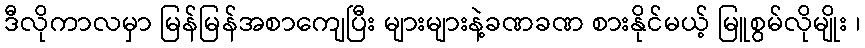
ဒီလိုကာလမှာ မြန်မြန်အစာကျေပြီး များများနဲ့ခဏခဏ စားနိုင်မယ့် မြူစွမ်လိုမျိုး ၊